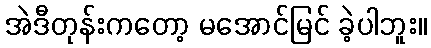
အဲဒီတုန်းကတော့ မအောင်မြင် ခဲ့ပါဘူး။